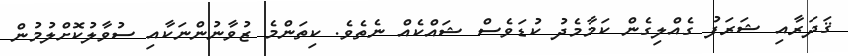
ޤަދަރާއި ޝަރަފު ގެއްލިގެން ކަމާމެދު ކުޑަވެސް ޝައްކެއް ނެތެވެ. ކިތަންމެ ޒުވާނުންނަކާއި ސުވާލުކޮށްލުމުން